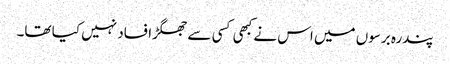
پندرہ برسوں میں اس نے کبھی کسی سے جھگڑا فساد نہیں کیا تھا۔